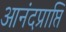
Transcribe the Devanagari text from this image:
आनंदप्राप्ति